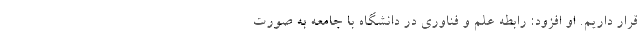
قرار داریم. او افزود: رابطه علم و فناوری در دانشگاه با جامعه به صورت